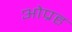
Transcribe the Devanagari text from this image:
ओप्रह